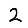
Digit: 2